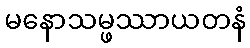
မနောသမ္ဖဿာယတနံ